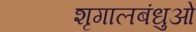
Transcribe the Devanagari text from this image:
शृगालबंधुओं